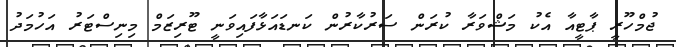
ޖުމްހޫރީ ޕާޓީއާ އެކު މަޝްވަރާ ކުރަން ސަރުކާރުން ކަނޑައަޅާފައިވަނީ ޓޫރިޒަމް މިނިސްޓަރު އަހުމަދު